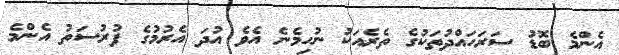
އެންމެ ބޮޑު ސަރަހައްދުތަކުގެ ތެރެއަކު ނުހިމެނެ އެވެ އުދަ އެރުމުގެ ފުރުސަތު އެންމެ